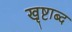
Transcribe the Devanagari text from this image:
खृष्टाब्द